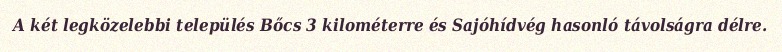
A két legközelebbi település Bőcs 3 kilométerre és Sajóhídvég hasonló távolságra délre.